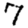
Digit: 7